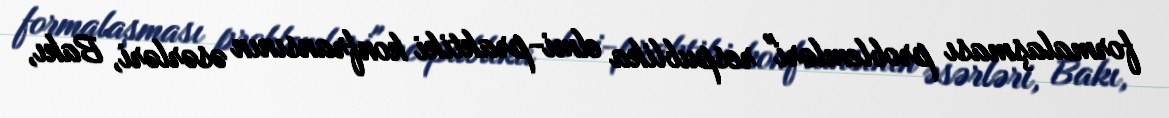
formalaşması problemləri" respublika elmi-praktiki konfransının əsərləri, Bakı,